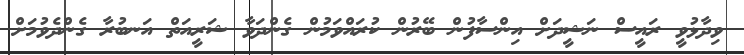
ވިދާޅުވީ ރައީސް ނަޝީދަށް އިންސާފުން ބޭރުން ކުރައްވަމުން ގެންދަވާ ޝަރީއަތް އަނބުރާ ގެންދެވުމަށް